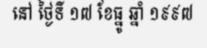
នៅ ថ្ងៃទី ១៧ ខែធ្នូ ឆ្នាំ ១៩៩៧